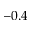
- 0 . 4